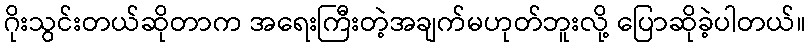
ဂိုးသွင်းတယ်ဆိုတာက အရေးကြီးတဲ့အချက်မဟုတ်ဘူးလို့ ပြောဆိုခဲ့ပါတယ်။